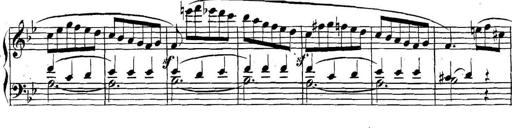
Title: Collected Piano Sonatas
Composer: Muzio Clementi